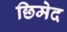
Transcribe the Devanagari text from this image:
छिमेद